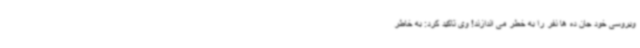
ویروسی خود جان ده ها نفر را به خطر می اندازند! وی تاکید کرد: به خاطر